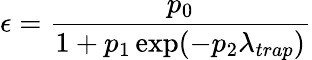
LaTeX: \epsilon=\frac{p_{0}}{1+p_{1}\exp(-p_{2}\lambda_{trap})}